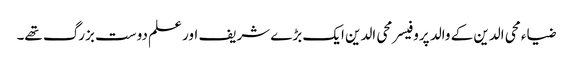
ضیاء محی الدین کے والد پروفیسر محی الدین ایک بڑے شریف اور علم دوست بزرگ تھے۔